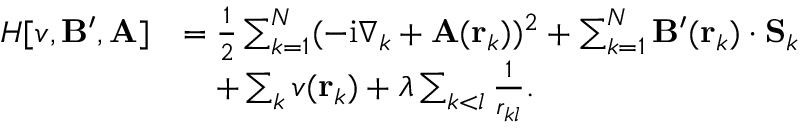
\begin{array} { r l } { H [ v , \mathbf { B } ^ { \prime } , \mathbf { A } ] } & { = \frac { 1 } { 2 } \sum _ { k = 1 } ^ { N } ( - \mathrm { i } \nabla _ { k } + \mathbf { A } ( \mathbf { r } _ { k } ) ) ^ { 2 } + \sum _ { k = 1 } ^ { N } \mathbf { B } ^ { \prime } ( \mathbf { r } _ { k } ) \cdot \mathbf { S } _ { k } } \\ & { \quad + \sum _ { k } v ( \mathbf { r } _ { k } ) + \lambda \sum _ { k < l } \frac { 1 } { r _ { k l } } . } \end{array}